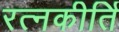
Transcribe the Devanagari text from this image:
रत्‍नकीर्ति